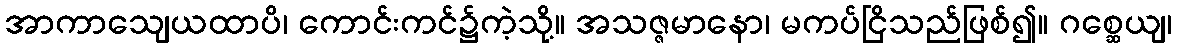
အာကာသျေယထာပိ၊ ကောင်းကင်၌ကဲ့သို့။ အသဇ္ဇမာနော၊ မကပ်ငြိသည်ဖြစ်၍။ ဂစ္ဆေယျ၊